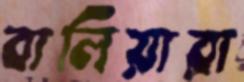
বালিয়ারা